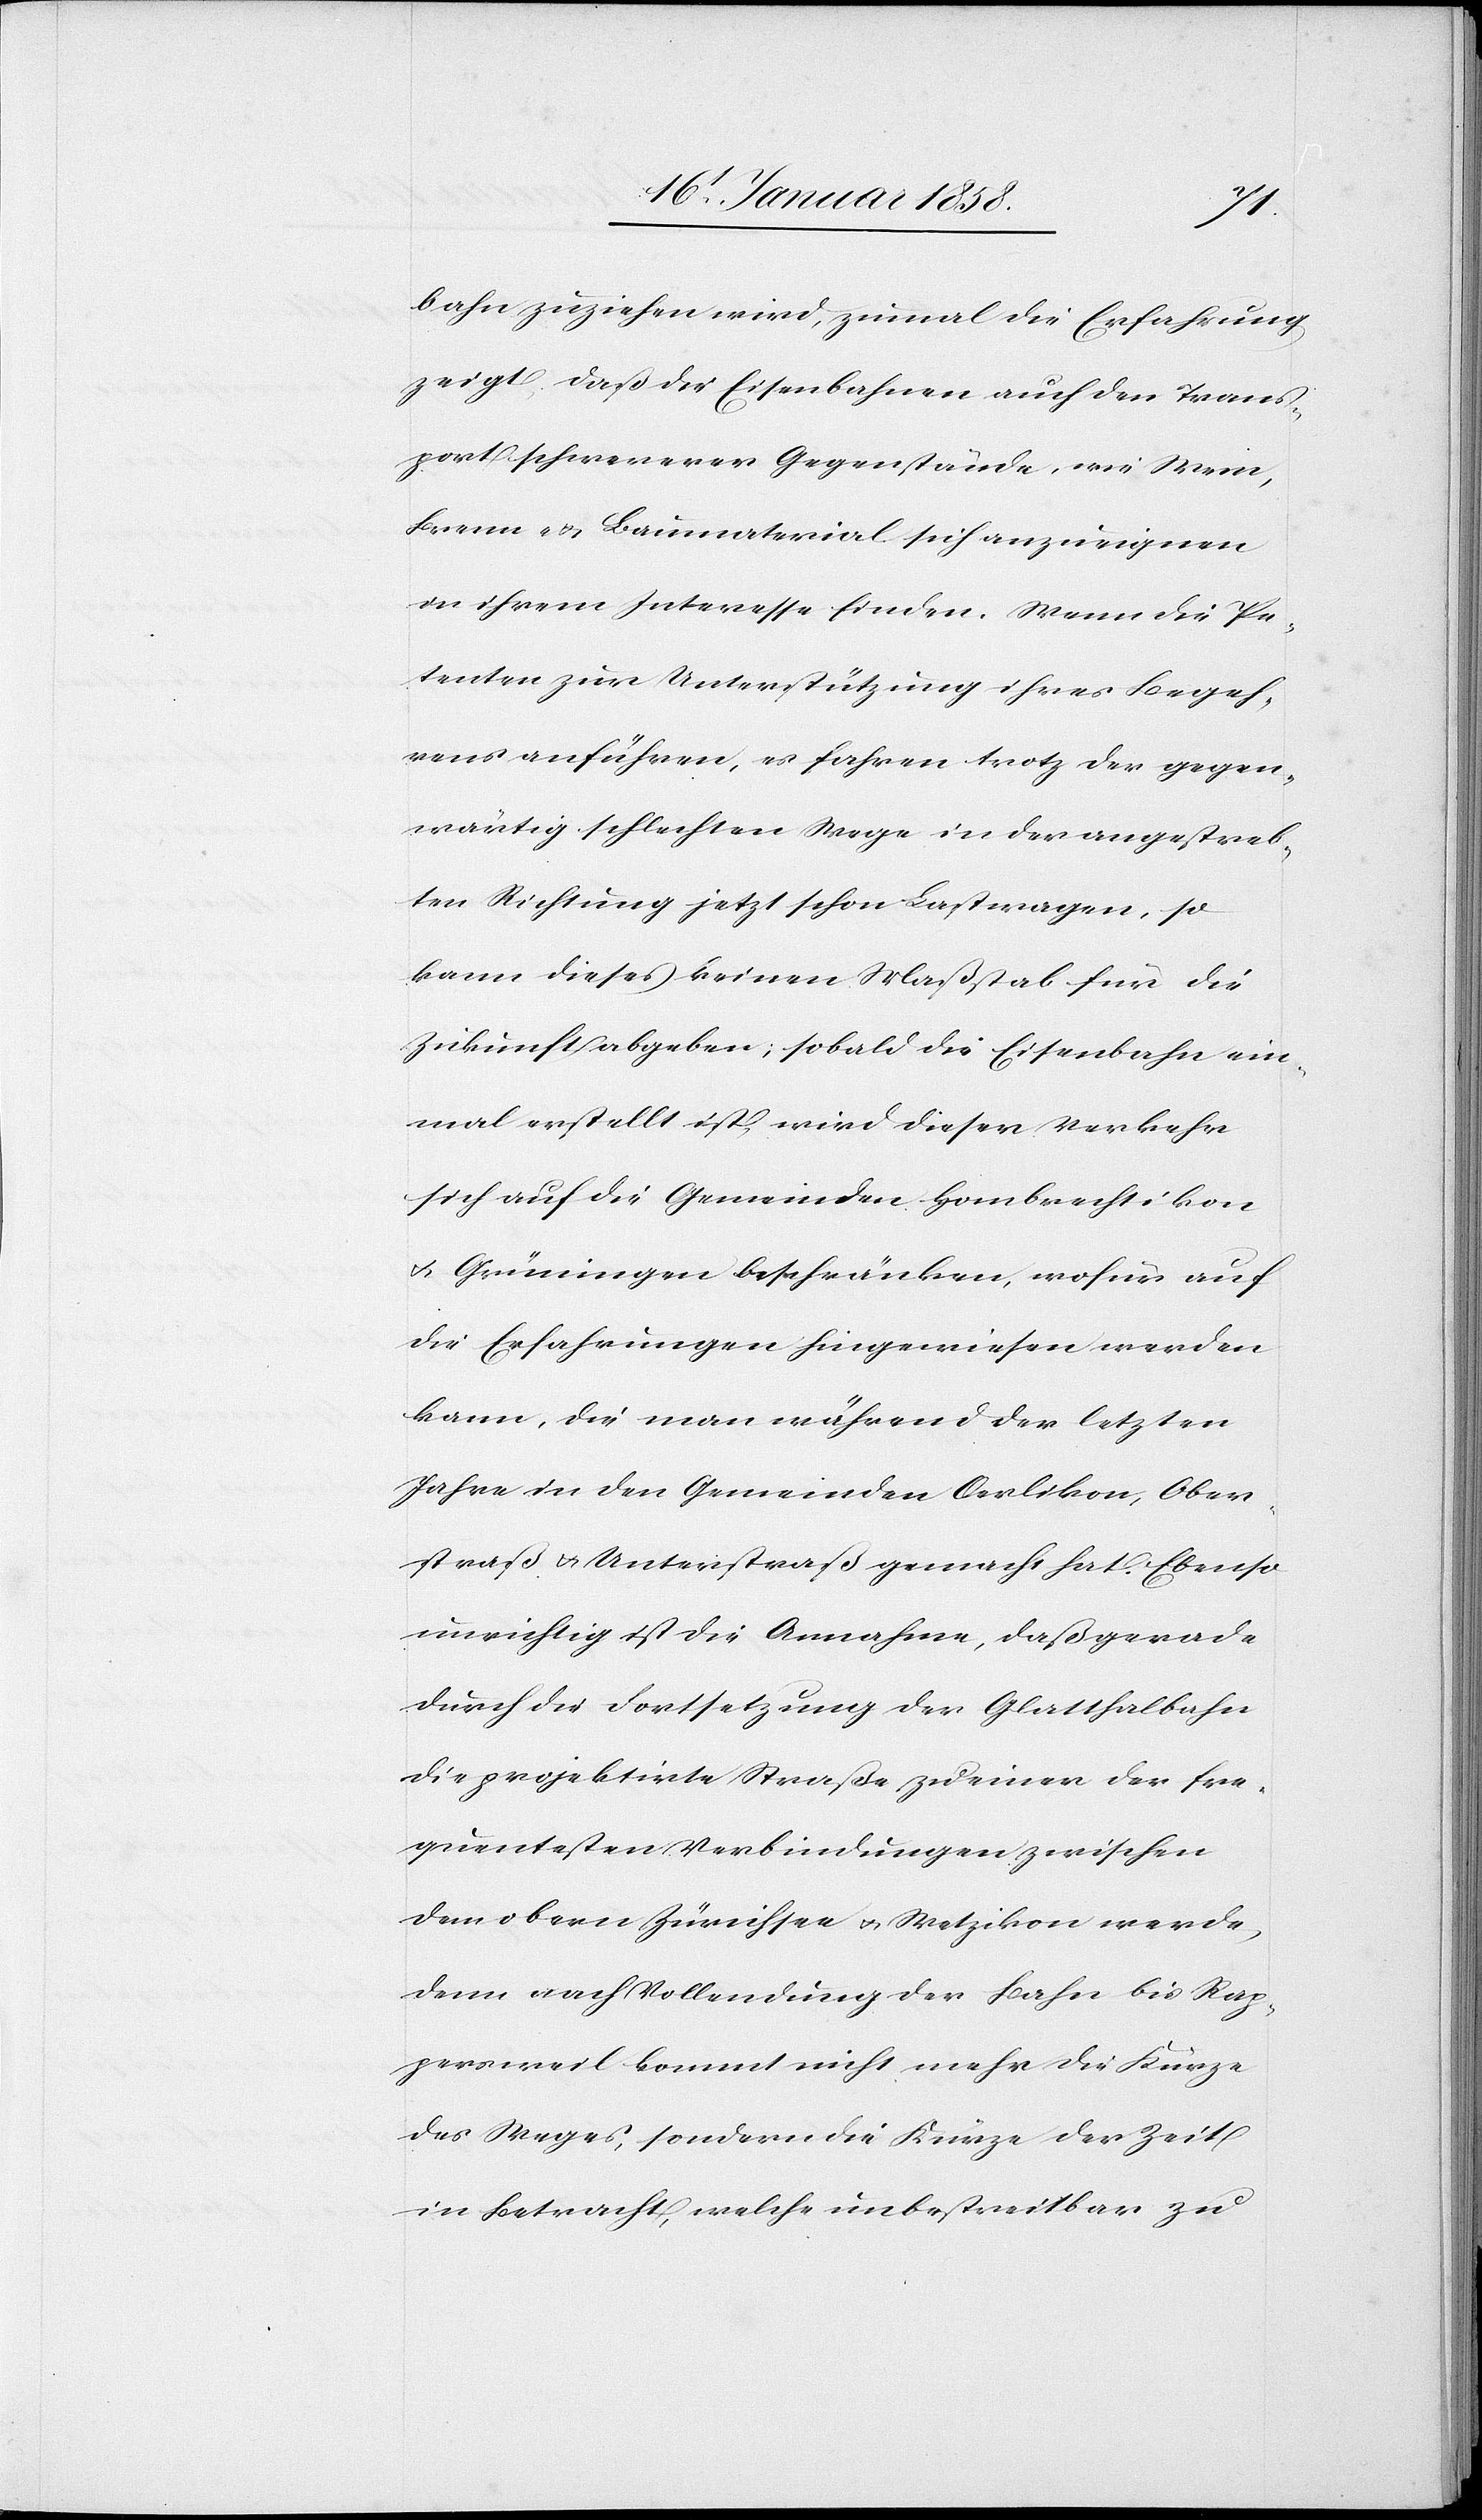
bahn zuziehen wird, zumal die Erfahrung
zeigt, daß die Eisenbahnen auch den Trans¬
port schwererer Gegenstände, wie Wein,
Brenn- u. Baumaterial sich anzueignen
in ihrem Interesse finden. Wenn die Pe¬
tenten zur Unterstützung ihres Begeh¬
rens anführen, es fahren trotz der gegen¬
wärtig schlechten Wege in der angestreb¬
ten Richtung jetzt schon Lastwagen, so
kann dieses keinen Maßstab für die
Zukunft abgeben; sobald die Eisenbahn ein¬
mal erstellt ist, wird dieser Verkehr
sich auf die Gemeinden Hombrechtikon
u. Grüningen beschränken, wofür auf
die Erfahrungen hingewiesen werden
kann, die man während der letzten
Jahre in den Gemeinden Oerlikon, Ober¬
straß u. Unterstraß gemacht hat. Ebenso
unrichtig ist die Annahme, daß gerade
durch die Fortsetzung der Glatthalbahn
die projektirte Straße zu einer der fre¬
quentesten Verbindungen zwischen
dem obern Zürichsee u. Wetzikon werde,
denn nach Vollendung der Bahn bis Rap¬
persweil kommt nicht mehr die Kürze
des Weges, sondern die Kürze der Zeit
in Betracht, welche unbestreitbar zu